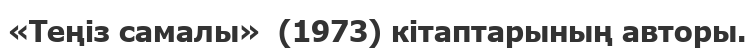
«Теңіз самалы»  (1973) кітаптарының авторы.